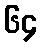
၆၄